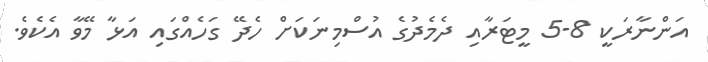
އަންނާރަކީ 8-5 މީޓަރާއި ދެމެދުގެ އުސްމިނަކަށް ހެދޭ ގަހެއްގައި އަޅާ މޭވާ އެކެވެ.